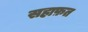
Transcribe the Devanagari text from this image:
सहाफ़त